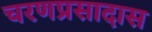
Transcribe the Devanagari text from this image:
चरणप्रसादास